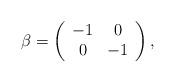
LaTeX: \begin{align*}\beta = \left( \begin{array}{cc} -1 & 0 \\ 0 & -1 \end{array} \right),\end{align*}